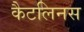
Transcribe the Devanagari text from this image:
कैटलिनस